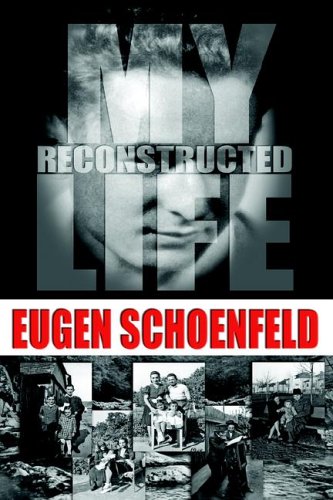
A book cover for My Reconstructed Life; Eugen Schoenfeld; Biographies & Memoirs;